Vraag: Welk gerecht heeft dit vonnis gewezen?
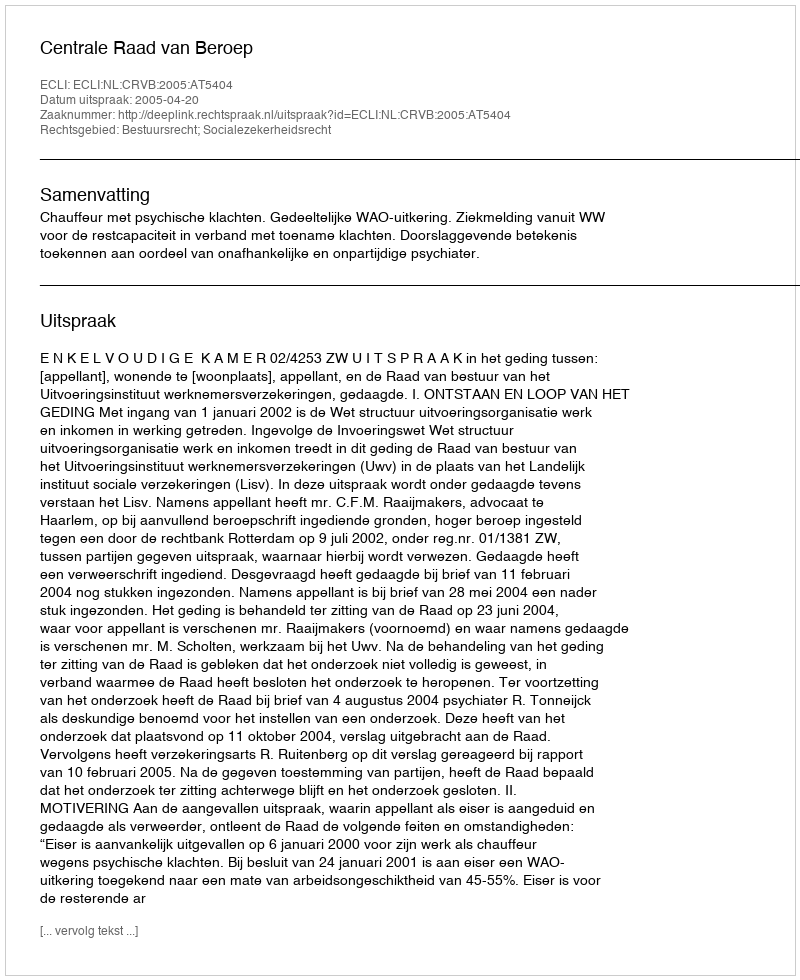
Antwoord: Centrale Raad van Beroep